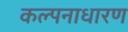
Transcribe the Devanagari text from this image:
कल्पनाधारण